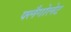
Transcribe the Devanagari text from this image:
फ्लैगोलेट